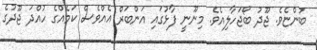
ބުންޏެވެ. ޖޫދު ބޯޖަހާލިއެވެ. މިނޫނީ ފާޅުގައި އަންބަރް އެއްވެސް ކަމެއްގެ ހުއްދަ ޖޫދުގެ